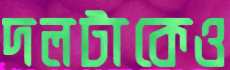
দলটাকেও